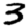
Digit: 3